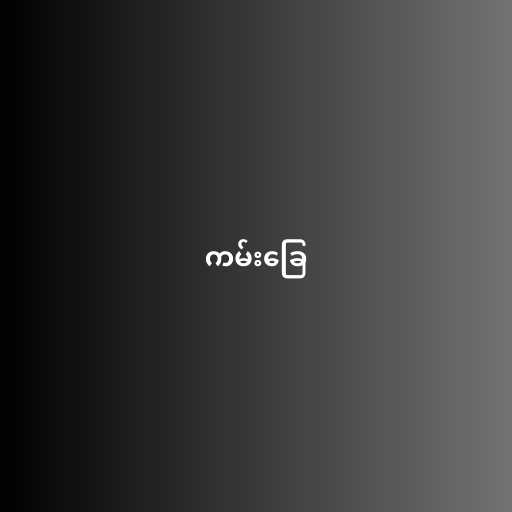
ကမ်းခြေ